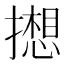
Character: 𫾋